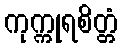
ကုက္ကုရစိတ္တံ